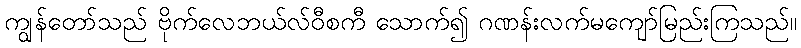
ကျွန်တော်သည် ဗိုက်လေဘယ်လ်ဝီစကီ သောက်၍ ဂဏန်းလက်မကျော်မြည်းကြသည်။